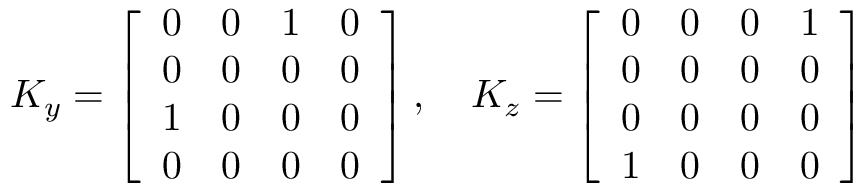
K _ { y } = { \left[ \begin{array} { l l l l } { 0 } & { 0 } & { 1 } & { 0 } \\ { 0 } & { 0 } & { 0 } & { 0 } \\ { 1 } & { 0 } & { 0 } & { 0 } \\ { 0 } & { 0 } & { 0 } & { 0 } \end{array} \right] } \, , \quad K _ { z } = { \left[ \begin{array} { l l l l } { 0 } & { 0 } & { 0 } & { 1 } \\ { 0 } & { 0 } & { 0 } & { 0 } \\ { 0 } & { 0 } & { 0 } & { 0 } \\ { 1 } & { 0 } & { 0 } & { 0 } \end{array} \right] }